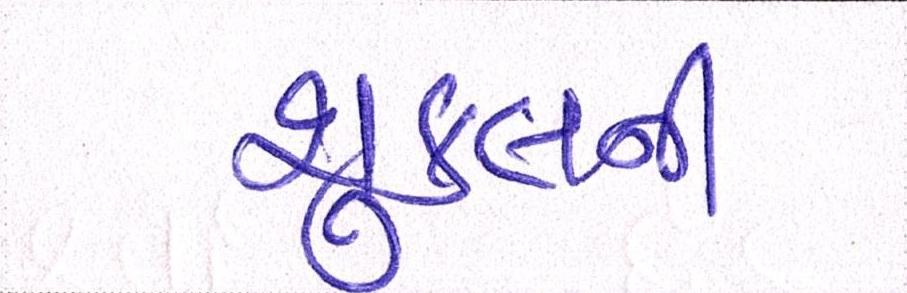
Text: શુક્લની